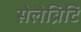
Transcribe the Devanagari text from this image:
सेलेब्रिटि